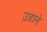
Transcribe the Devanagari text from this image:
उ़डाने